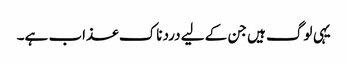
یہی لوگ ہیں جن کے لیے دردناک عذاب ہے۔